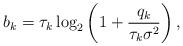
LaTeX: \begin{align*}b_{k}=\tau_k \log_2\left(1+\frac{q_k}{{\tau_k\sigma^2}}\right),\end{align*}